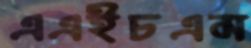
এএইচএম